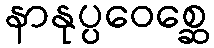
နာနုပ္ပဝေစ္ဆေ